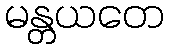
မန္တယတေ